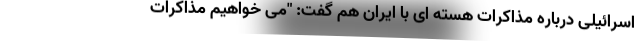
اسرائیلی درباره مذاکرات هسته ای با ایران هم گفت: "می خواهیم مذاکرات